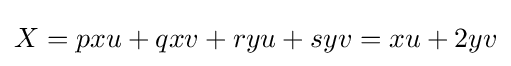
X=pxu+qxv+ryu+syv=xu+2yv